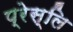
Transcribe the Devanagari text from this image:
प्रेस्लि